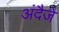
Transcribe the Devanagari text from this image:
अंदैजे